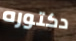
دكتوره